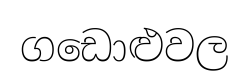
ගඩොළුවල